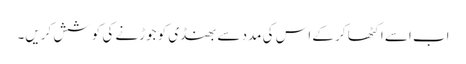
اب اسے اکٹھا کر کے اس کی مدد سے بھنڈی کو جوڑنے کی کوشش کریں۔